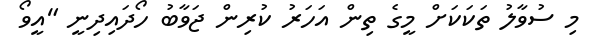
މި ސުވާލު ތަކަކަށް މީގެ ތިން އަހަރު ކުރިން ޖަވާބު ހޯދައިދިނީ "އީވޯ